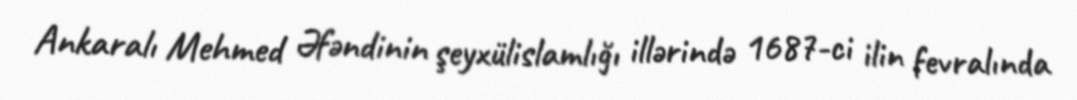
Ankaralı Mehmed Əfəndinin şeyxülislamlığı illərində 1687-ci ilin fevralında